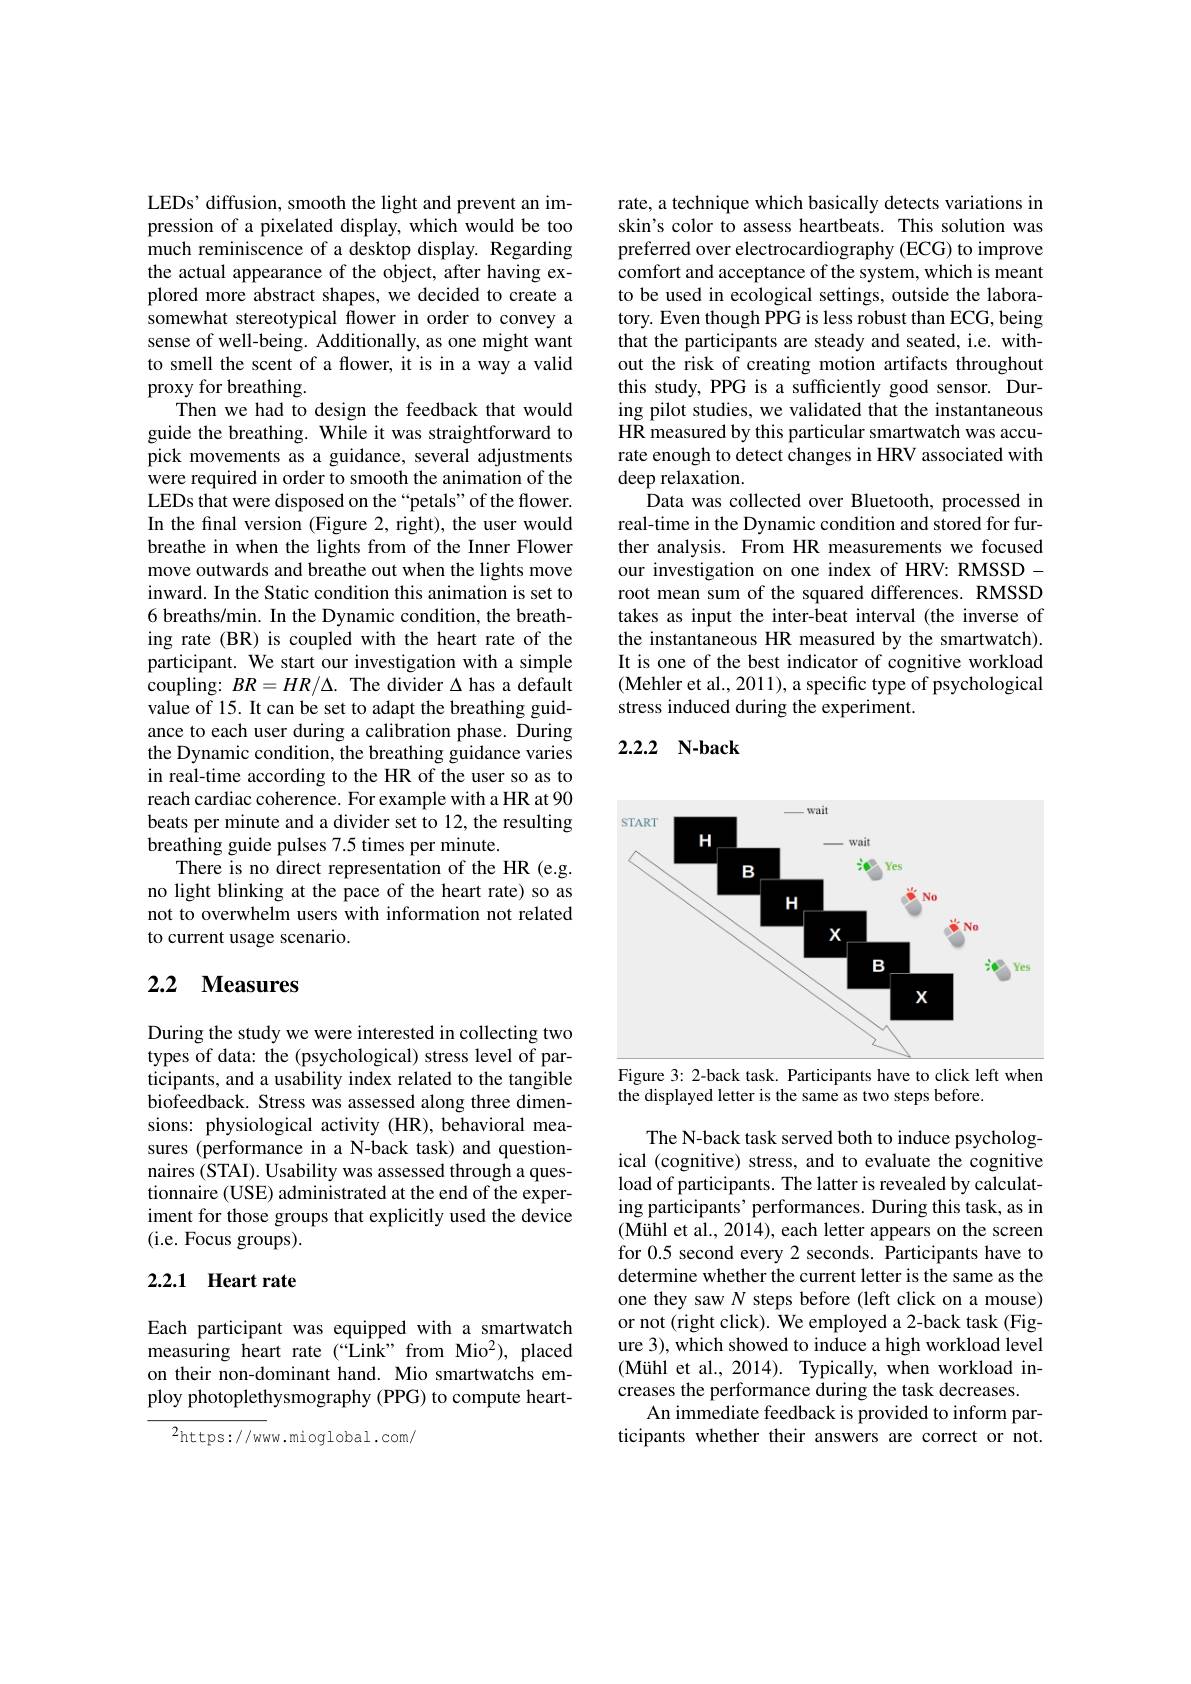
LEDs' diffusion, smooth the light and prevent an impression of a pixelated display, which would be too much reminiscence of a desktop display. Regarding the actual appearance of the object, after having explored more abstract shapes, we decided to create a somewhat stereotypical flower in order to convey a sense of well-being. Additionally, as one might want to smell the scent of a flower, it is in a way a valid proxy for breathing.
Then we had to design the feedback that would guide the breathing. While it was straightforward to pick movements as a guidance, several adjustments were required in order to smooth the animation of the LEDs that were disposed on the “petals” of the flower. In the final version (Figure 2, right), the user would breathe in when the lights from of the Inner Flower move outwards and breathe out when the lights move inward. In the Static condition this animation is set to 6 breaths/min. In the Dynamic condition, the breathing rate (BR) is coupled with the heart rate of the participant. We start our investigation with a simple coupling: $BR=HR/\Delta.$ The divider $\Delta$ has a default value of 15. It can be set to adapt the breathing guidance to each user during a calibration phase. During the Dynamic condition, the breathing guidance varies in real-time according to the HR of the user so as to reach cardiac coherence. For example with a HR at 90 beats per minute and a divider set to 12, the resulting breathing guide pulses 7.5 times per minute.
There is no direct representation of the HR (e.g. no light blinking at the pace of the heart rate) so as not to overwhelm users with information not related to current usage scenario.

## 2.2 $\textbf{Measures}$

During the study we were interested in collecting two types of data: the (psychological) stress level of participants, and a usability index related to the tangible biofeedback. Stress was assessed along three dimensions: physiological activity (HR), behavioral measures (performance in a N-back task) and questionnaires (STAI). Usability was assessed through a questionnaire (USE) administrated at the end of the experiment for those groups that explicitly used the device (i.e. Focus groups).

## 2.2.1 Heart rate

Each participant was equipped with a smartwatch measuring heart rate (“Link”from Mio$^2)$, placed on their non-dominant hand. Mio smartwatchs employ photoplethysmography (PPG) to compute heart-

2https://www.mioglobal.com/

rate, a technique which basically detects variations in skin's color to assess heartbeats. This solution was preferred over electrocardiography (ECG) to improve comfort and acceptance of the system, which is meant to be used in ecological settings, outside the laboratory. Even though PPG is less robust than ECG, being that the participants are steady and seated, i.e. without the risk of creating motion artifacts throughout this study, PPG is a sufficiently good sensor. During pilot studies, we validated that the instantaneous HR measured by this particular smartwatch was accurate enough to detect changes in HRV associated with deep relaxation.
Data was collected over Bluetooth, processed in real-time in the Dynamic condition and stored for further analysis. From HR measurements we focused our investigation on one index of HRV: RMSSD - root mean sum of the squared differences. RMSSD takes as input the inter-beat interval (the inverse of the instantaneous HR measured by the smartwatch). It is one of the best indicator of cognitive workload (Mehler et al., 2011), a specific type of psychological stress induced during the experiment.

## 2.2.2 N-back

<FigureHere>

Figure 3: 2-back task. Participants have to click left when
the displayed letter is the same as two steps before.

The N-back task served both to induce psychological (cognitive) stress, and to evaluate the cognitive load of participants. The latter is revealed by calculating participants' performances. During this task, as in (Mühl et al., 2014), each letter appears on the screen for 0.5 second every 2 seconds. Participants have to determine whether the current letter is the same as the one they saw $N$ steps before (left click on a mouse) or not (right click). We employed a 2-back task (Figure 3), which showed to induce a high workload level (Mühl et al., 2014). Typically, when workload increases the performance during the task decreases.
An immediate feedback is provided to inform participants whether their answers are correct or not.